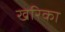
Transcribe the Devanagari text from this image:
खरिका